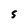
Character: s